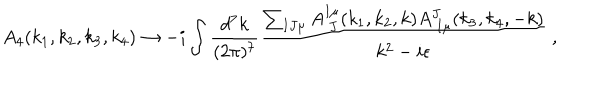
A _ { 4 } ( k _ { 1 } , k _ { 2 } , k _ { 3 } , k _ { 4 } ) \rightarrow - i \int { \frac { d ^ { 7 } k } { ( 2 \pi ) ^ { 7 } } } { \frac { \sum _ { I J \mu } A _ { \ J } ^ { I \mu } ( k _ { 1 } , k _ { 2 } , k ) A _ { \ I \mu } ^ { J } ( k _ { 3 } , k _ { 4 } , - k ) } { k ^ { 2 } - i \epsilon } } \ ,